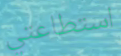
استطاعتي